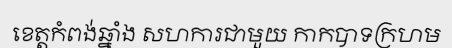
ខេត្តកំពង់ឆ្នាំង សហការជាមួយ កាកបាទក្រហម